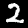
Digit: 2